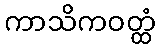
ကာသိကဝတ္ထံ